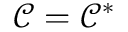
\mathcal { C } = \mathcal { C } ^ { \ast }